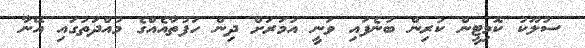
ސުލޫކު ކޮމިޓީން ކުރިން ބުނެފައި ވަނީ އުމަރަށް ދިން ހަފުތާއެއްގެ މުއްދަތުގައި އޭނާ